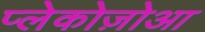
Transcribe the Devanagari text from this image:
प्लेकोज़ोआ